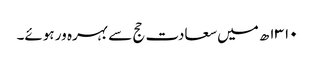
۱۳۱۰ھ میں سعادت حج سے بہرہ ور ہوئے۔